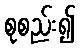
စုစည်း၍